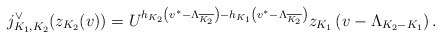
\begin{align*}j^{\vee}_{K_1,K_2}(z_{K_2}(v))=U^{h_{K_2}\left(v^*-\Lambda_{\overline{K_2}}\right)-h_{K_1}\left(v^*-\Lambda_{\overline{K_2}}\right)}z_{K_1}\left(v-\Lambda_{K_2-K_1}\right).\end{align*}